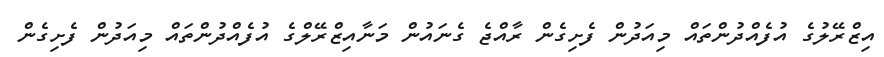
އިޒްރޭލުގެ އުފެއްދުންތައް މިއަދުން ފެށިގެން ރާއްޖެ ގެނައުން މަނާއިޒްރޭލްގެ އުފެއްދުންތައް މިއަދުން ފެށިގެން